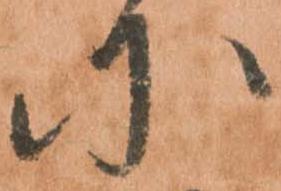
に